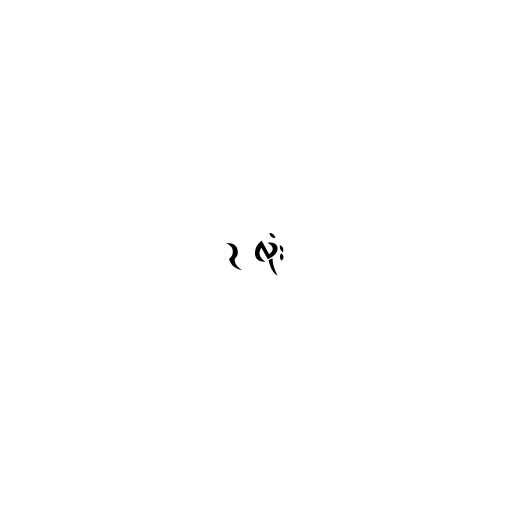
၃ လုံး